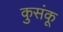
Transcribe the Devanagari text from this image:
कुसंकू